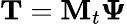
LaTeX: {\mathbf T}={\mathbf M}_{t}{\mathbf\Psi}